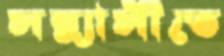
সন্ন্যাসীতে